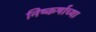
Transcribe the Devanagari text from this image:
निष्कर्षाच्या